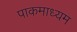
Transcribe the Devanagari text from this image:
पाकमाध्यम